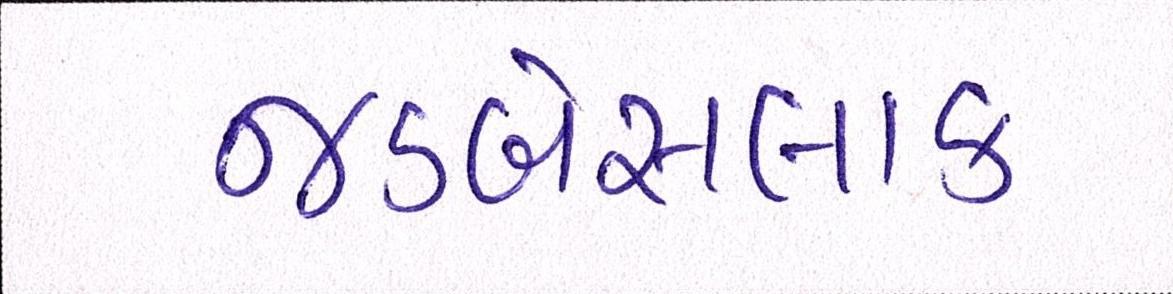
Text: જડબેસલાક